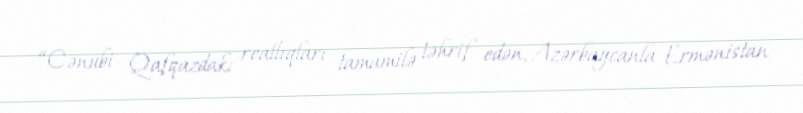
“Cənubi Qafqazdakı reallıqları tamamilə təhrif edən, Azərbaycanla Ermənistan